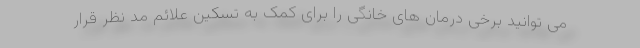
می توانید برخی درمان های خانگی را برای کمک به تسکین علائم مد نظر قرار